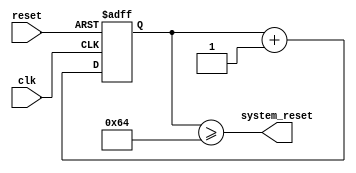
module Watchdog_timer (
    input wire clk,           // Clock input
    input wire reset,         // Reset input
    output wire system_reset  // System reset output
);

parameter threshold = 100;  // Predefined threshold value

reg [7:0] counter;  // 8-bit counter to keep track of clock cycles

always @(posedge clk or posedge reset) begin
    if (reset) begin
        counter <= 8'h00;  // Reset counter to 0
    end else begin
        counter <= counter + 1;  // Increment counter on each clock cycle
    end
end

assign system_reset = (counter >= threshold);  // Trigger system reset if counter exceeds threshold

endmodule